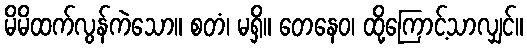
မိမိထက်လွန်ကဲသော။ စတံ၊ မရှိ။ တေနေဝ၊ ထို့ကြောင့်သာလျှင်။